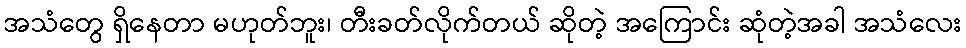
အသံတွေ ရှိနေတာ မဟုတ်ဘူး၊ တီးခတ်လိုက်တယ် ဆိုတဲ့ အကြောင်း ဆုံတဲ့အခါ အသံလေး